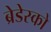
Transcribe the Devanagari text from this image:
ब्रेडेस्को